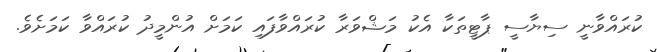
ކުރައްވާނީ ސިޔާސީ ޕާޓީތަކާ އެކު މަޝްވަރާ ކުރައްވާފައި ކަމަށް އުންމީދު ކުރައްވާ ކަމަށެވެ.